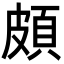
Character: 頗